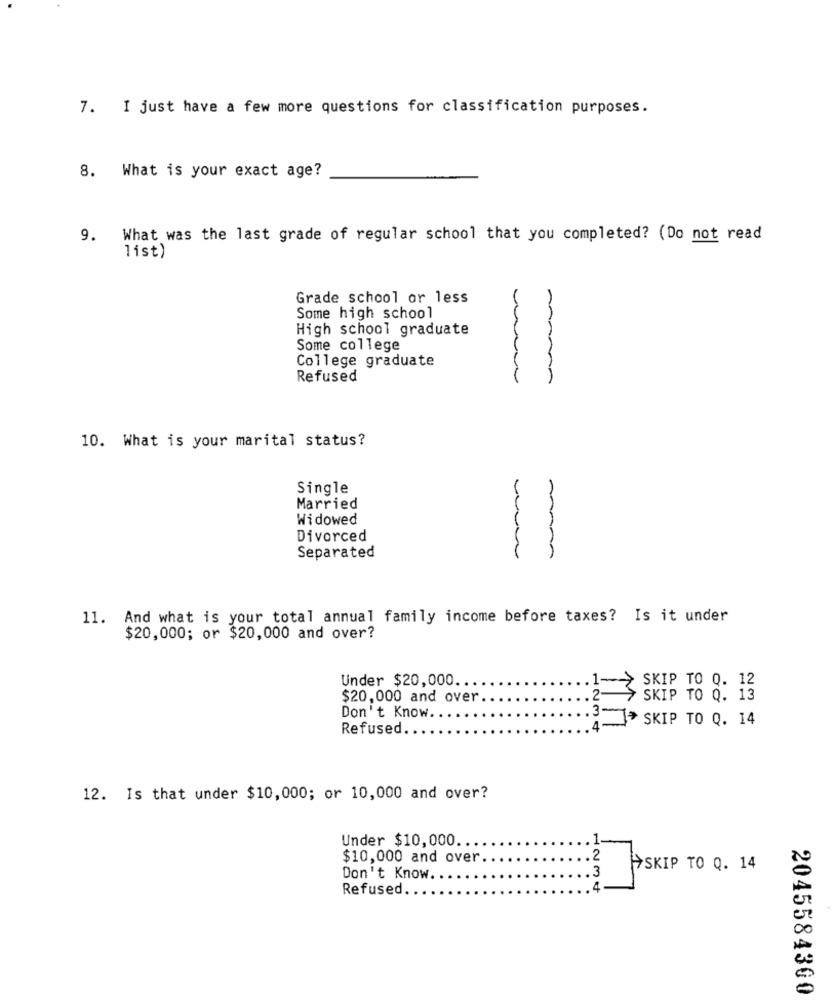
7. I just have a few more questions for classification purposes.
8. What is your exact age?
9. What was the last grade of regular school that you completed? (Do not read
list)
Grade school or less
Some high school
High school graduate
Some college
College graduate
Refused
10. What is your marital status?
Single
Married
Widowed
Divorced
Separated
11. And what is your total annual family income before taxes? Is it under
$20,000; or $20,000 and over?
1-> SKIP TO Q. 12
Under $20,000.
$20,000 and over.
2-
SKIP TO Q. 13
3-
Don't Know.
SKIP TO Q. 14
Refused
12. Is that under $10,000; or 10,000 and over?
Under $10,000.
$10,000 and over
2
3
SKIP TO Q. 14
Don't Know
Refused.
2045584300